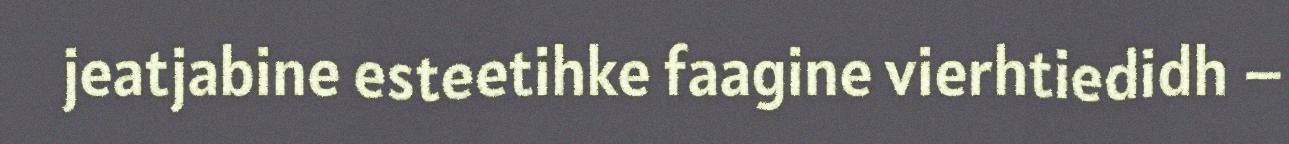
jeatjabine esteetihke faagine vierhtiedidh –